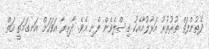
ދެތުންފަތް ތުރުތުރު އަޅާލުމާއެކު ގިސްލެވެން ފެށި އެވެ. ދާރިޔާ އަވަހަށް އަނގަމަތީ އަތް